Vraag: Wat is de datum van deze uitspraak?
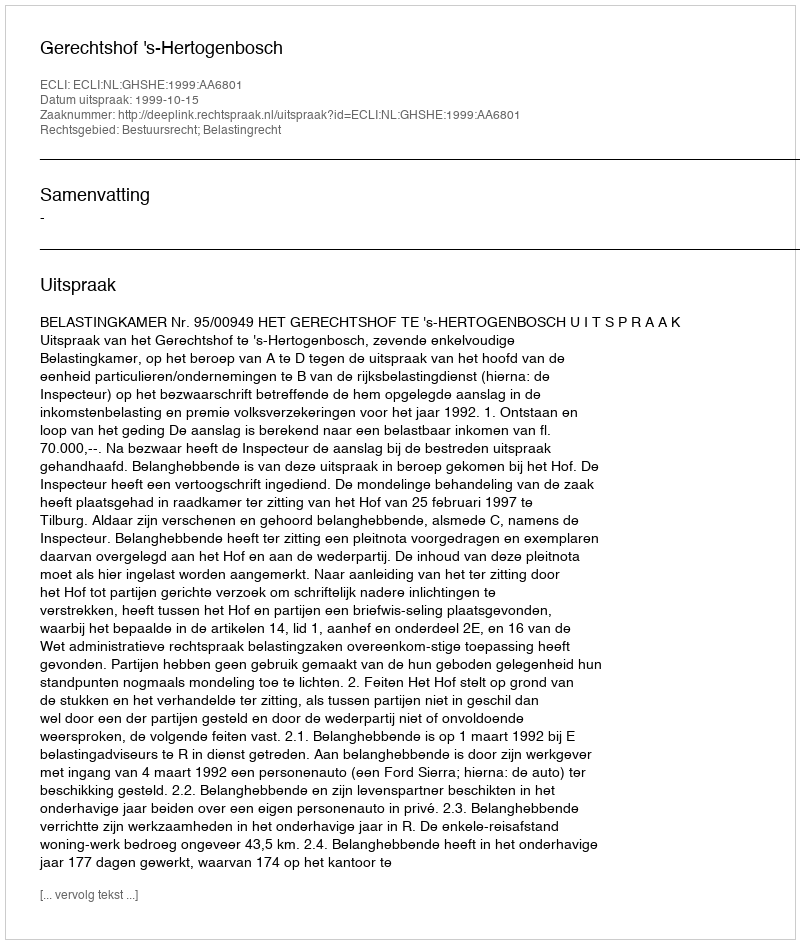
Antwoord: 1999-10-15